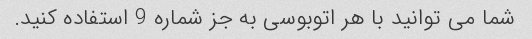
شما می توانید با هر اتوبوسی به جز شماره 9 استفاده کنید.